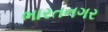
ભારતનગર